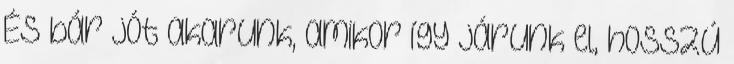
És bár jót akarunk, amikor így járunk el, hosszú